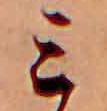
ミ